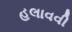
હલાવવી